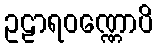
ဥဠာရဝဏ္ဏောပိ